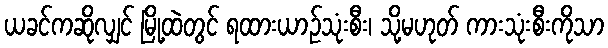
ယခင်ကဆိုလျှင် မြို့ထဲတွင် ရထားယာဉ်သုံးစီး၊ သို့မဟုတ် ကားသုံးစီးကိုသာ